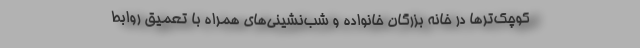
کوچک­ترها در خانه بزرگان خانواده و شب‌نشینی‌های همراه با تعمیق روابط